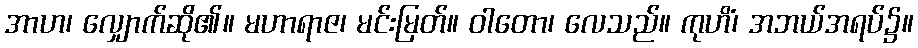
အာဟ၊ လျှောက်ဆို၏။ မဟာရာဇ၊ မင်းမြတ်။ ဝါတော၊ လေသည်။ ကုဟိံ၊ အဘယ်အရပ်၌။